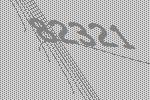
82321